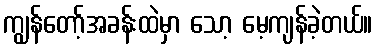
ကျွန်တော့်အခန်းထဲမှာ သော့ မေ့ကျန်ခဲ့တယ်။